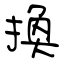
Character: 換